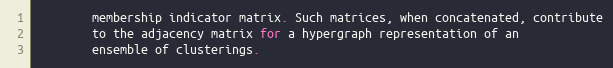
Language: Python
        membership indicator matrix. Such matrices, when concatenated, contribute
        to the adjacency matrix for a hypergraph representation of an
        ensemble of clusterings.